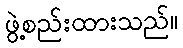
ဖွဲ့စည်းထားသည်။